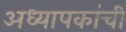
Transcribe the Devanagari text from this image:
अध्यापकांची